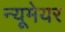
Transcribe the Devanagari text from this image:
न्यूमेयर